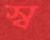
স্ব